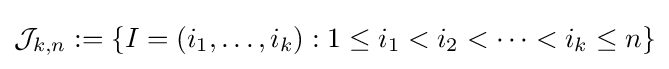
{\mathcal {J}}_{k,n}:=\{I=(i_{1},\ldots ,i_{k}):1\leq i_{1}<i_{2}<\cdots <i_{k}\leq n\}